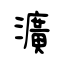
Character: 瀇